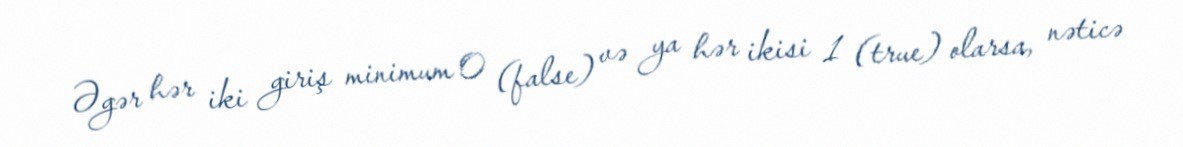
Əgər hər iki giriş minimum 0 (false) və ya hər ikisi 1 (true) olarsa, nəticə